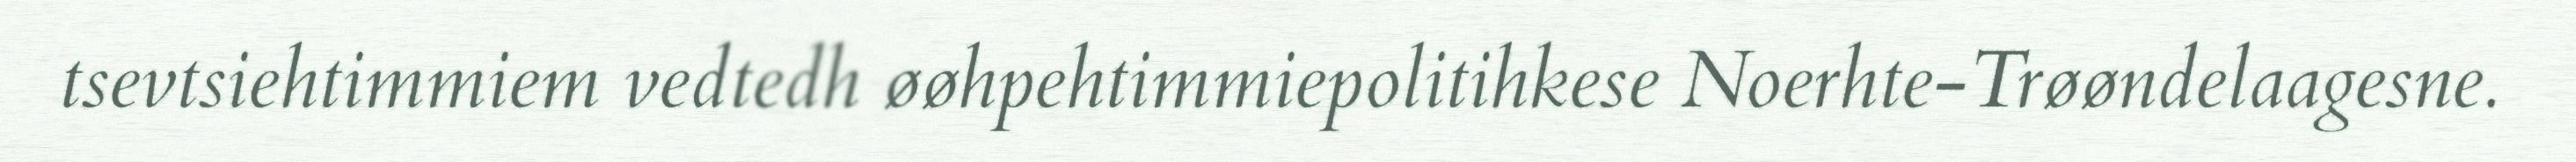
tsevtsiehtimmiem vedtedh øøhpehtimmiepolitihkese Noerhte-Trøøndelaagesne.